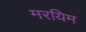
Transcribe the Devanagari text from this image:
मरयिम